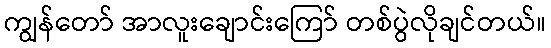
ကျွန်တော် အာလူးချောင်းကြော် တစ်ပွဲလိုချင်တယ်။